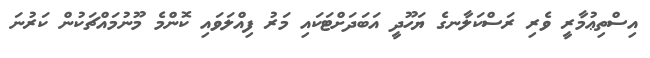
އިސްތިޢުމާރީ ވެރި ރަސްކަލާނގެ ޔަހޫދީ އަބަދަށްޓަކައި މަރު ފިއްލަވައި ކޮންމެ މޫނުމައްޗަކުން ކަރުނަ